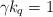
LaTeX: \begin{align*}\gamma k_q=1\quad\end{align*}